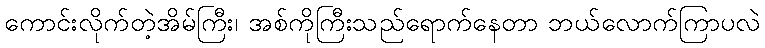
ကောင်းလိုက်တဲ့အိမ်ကြီး၊ အစ်ကိုကြီးသည်ရောက်နေတာ ဘယ်လောက်ကြာပလဲ